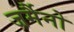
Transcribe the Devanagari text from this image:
जर्मैनो